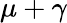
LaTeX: \mu+\gamma